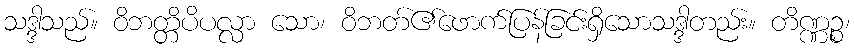
သဒ္ဒါသည်။ ဝိဘတ္တိပိပလ္လာ သော၊ ဝိဘတ်၏ဖောက်ပြန်ခြင်းရှိသောသဒ္ဒါတည်း။ တိဏ္ဏဉ္စ၊